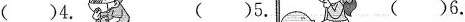
()4. ()5. ()6.